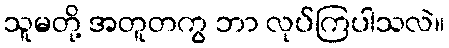
သူမတို့ အတူတကွ ဘာ လုပ်ကြပါသလဲ။